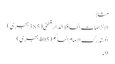
مثلاً
الالزامات الحافظ الدار قطنی (385 ہجری)
المستدرک الامام الحاکم (405 ہجری)
9۔